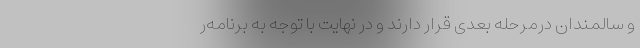
و سالمندان درمرحله بعدی قرار دارند و در نهایت با توجه به برنامه‌ر